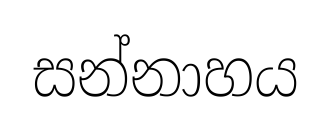
සන්නාහය